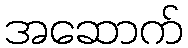
အဆောက်